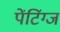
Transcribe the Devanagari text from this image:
पेंटिंग्ज